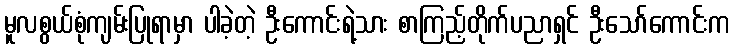
မူလစွယ်စုံကျမ်းပြုရာမှာ ပါခဲ့တဲ့ ဦးကောင်းရဲ့သား စာကြည့်တိုက်ပညာရှင် ဦးသော်ကောင်းက